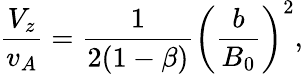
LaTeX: \frac{V_{z}}{v_{A}}=\frac{1}{2(1-\beta)}\left(\frac{b}{B_{0}}\right)^{2},